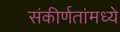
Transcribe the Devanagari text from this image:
संकीर्णतांमध्ये